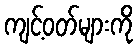
ကျင့်ဝတ်များကို